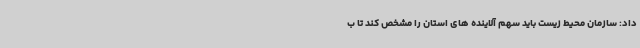
داد: سازمان محیط زیست باید سهم آلاینده های استان را مشخص کند تا ب